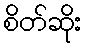
စိတ်ဆိုး